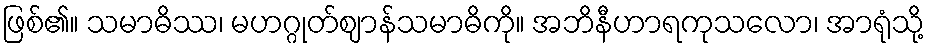
ဖြစ်၏။ သမာဓိဿ၊ မဟဂ္ဂုတ်ဈာန်သမာဓိကို။ အဘိနီဟာရကုသလော၊ အာရုံသို့